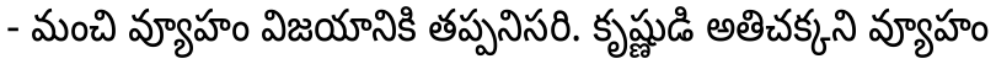
- మంచి వ్యూహం విజయానికి తప్పనిసరి. కృష్ణుడి అతిచక్కని వ్యూహం